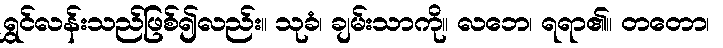
ရွှင်လန်းသည်ဖြစ်၍လည်း။ သုခံ၊ ချမ်းသာကို။ လဘေ၊ ရရာ၏။ တတော၊